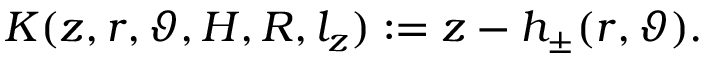
K ( z , r , \vartheta , H , R , l _ { z } ) : = z - h _ { \pm } ( r , \vartheta ) .